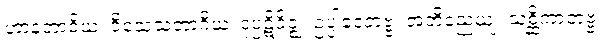
ဟာနဘာဝိယ၊ ဝိသေသဘာဂိယ၊ ဒုပ္ပဋိဝိဇ္ဈ၊ ဥပ္ပါဒေတဗ္ဗ၊ အဘိညေယျ၊ သစ္ဆိကာတဗ္ဗ၊